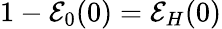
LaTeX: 1-\mathcal{E}_{0}(0)=\mathcal{E}_{H}(0)